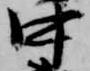
中